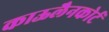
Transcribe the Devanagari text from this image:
काऊलैनकोर्ट